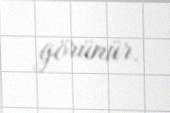
görünür.